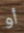
أو